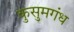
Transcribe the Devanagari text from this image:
कुसुमगंध